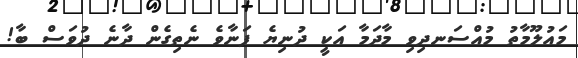
މައުލޫމާތު މުއްސަނދިވި މާދަމާ އަކީ ދުނިޔެ ފަނާވެ ނެތިގެން ދާނެ ދުވަސް ބާ!